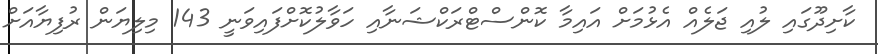
ކާށިދޫގައި ލުއި ޖަލެއް އެޅުމަށް އައިމާ ކޮންސްޓްރަކްޝަނާއި ހަވާލުކޮށްފައިވަނީ 143 މިލިޔަން ރުފިޔާއަށް